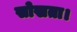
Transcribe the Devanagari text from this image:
सोखता।